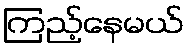
ကြည့်နေမယ်